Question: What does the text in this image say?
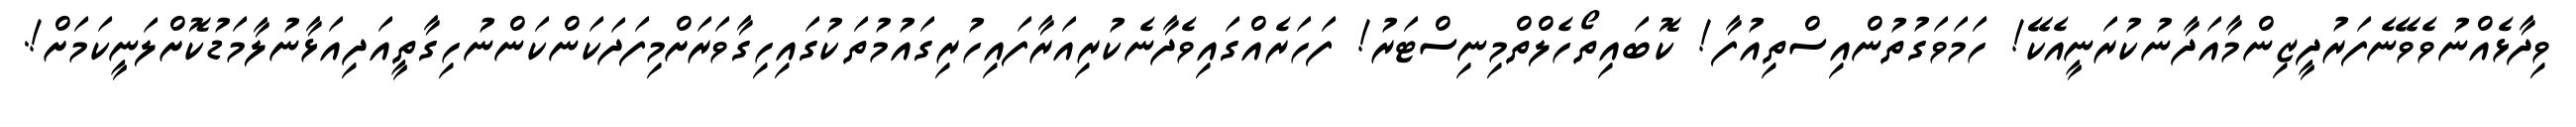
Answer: ވިދާޅެއްނުވެވޭނެފަރުދީޒިންމާއަދާނުކުރަނީއެކޭ! ހަމަވަގުތުންއިސްތިއުފާ! ކޮބައިތޯހެލްތްމިނިސްޓަރު! ފަހަރެއްގައިވެދާނެކުރިއަރާފައިހުރިގައުމުތަކުގައިހިގާވަރަށްމިފަދަކަންކަންނުހިގާތީއަދިއަޅާނުލާމަޑުކޮށްލަނީކަމަށް!.